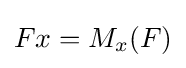
Fx=M_{x}(F)